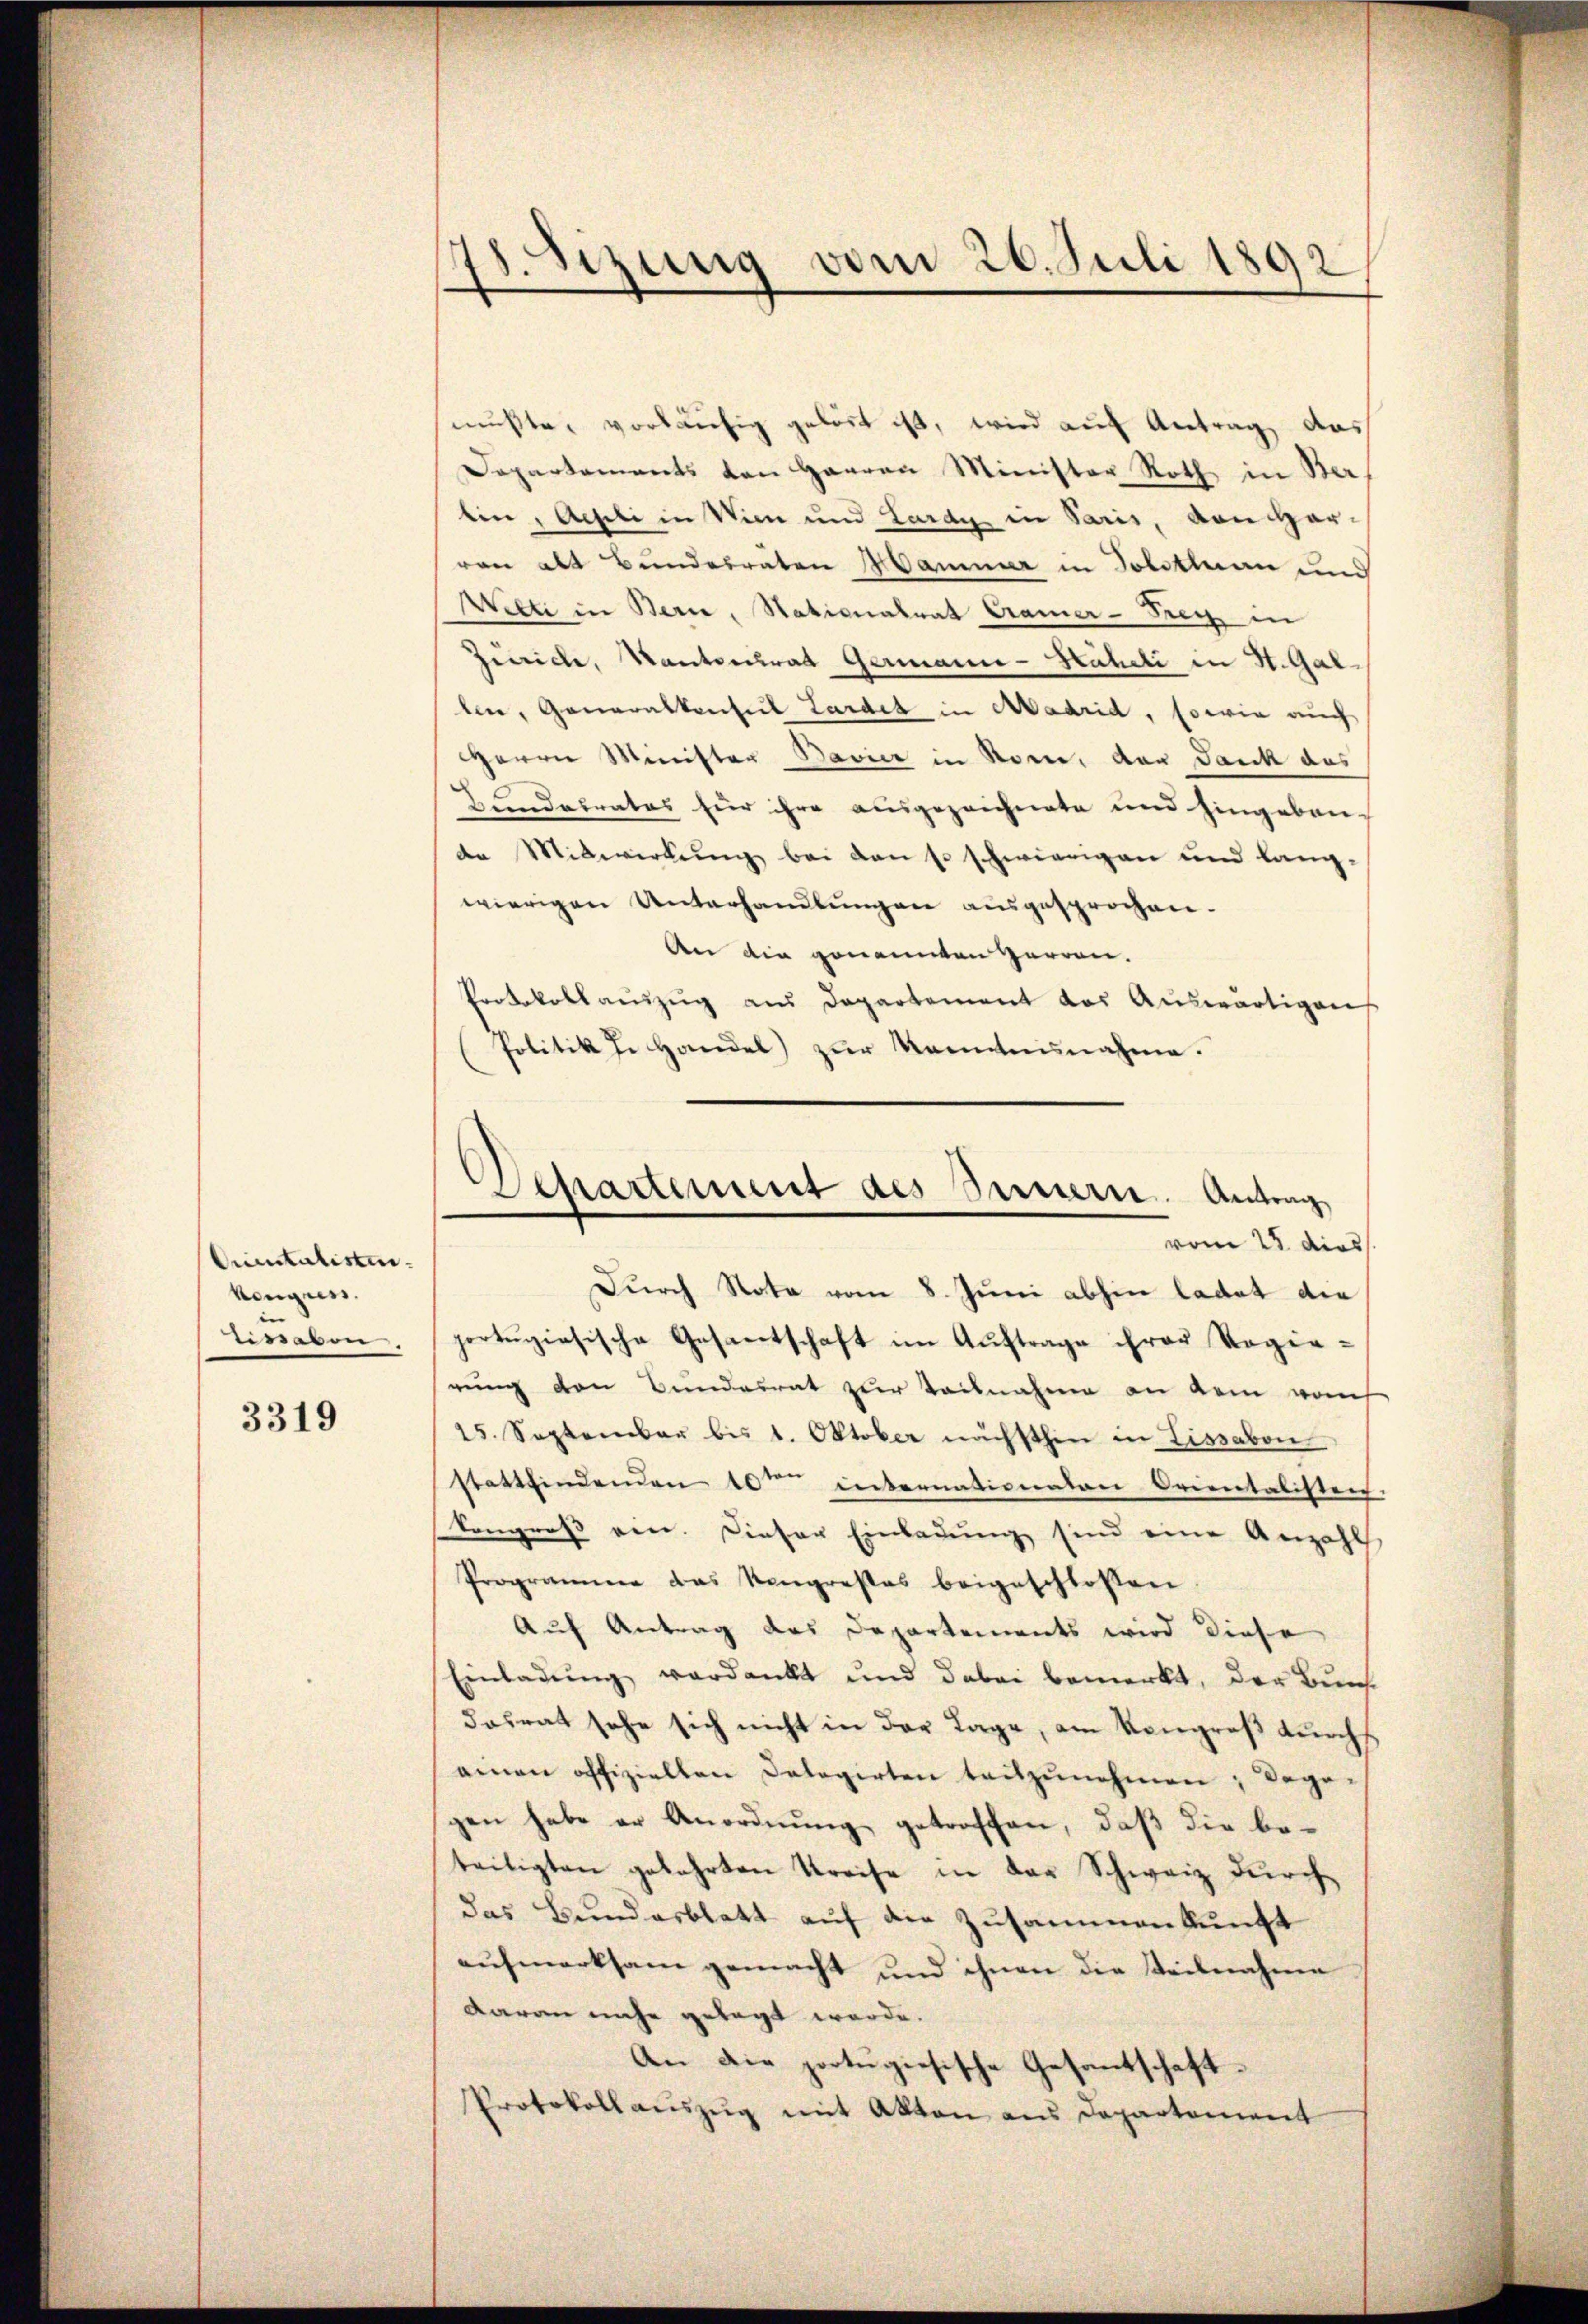
Qricitatisten.
kengen.
Eissaben

3319

.
izung vom 20. Juli 1892

mußte, vorläufig gelöst ist, wird auf Antrag, das
Departements von Haaren Minister Roth in Ber
bin, Achli in Wien und Lardy in Paris, von Har-
von als Bundesräten Manner in Tobottan und
Welti in Bern, Stationalrat Cramer-Frey in
Zeiche, Kantonsrat Germann-Häheli in St. Gallen, Generalkonseil Lardet in Madrid, sowie auch
HHerrn Minister Bavier in Rom, den Jauk des
Hundesrates für ihre ausgezeichnete und hingebaude Mitwirkung bei den so schwierigen und lang-
wierigen Unterhandlungen ausgesprochen.
An die genannten Herren.
Protokollaŭszŭg aŭs Departement das Aŭswärtigens
Politik d. Handel zur Kenntnisnahme.

Departement des Innern. Antrag
vom 23 dies

Durch Nota vom 8. Juni abhin ladet die
portugiesische Gesantschaft im Auftrage ihrer Regierung den Bundesrat zur Teilnahme an dem vom
15. September bis 1. Oktober nächsthin in Lissabon
stattfindenden 10ten internationaten Orientalisten.
kongroß ein. Dieser Einladung sind eine Anzahl
Programme das Kongrestes beigeschlossen
Auf Antrag des Departements wird diese
Einladung verdankt und dabei bemerkt, der Bundosrat sehe sich nicht in der Lage, am Kongroß durchs
ainen offizielten Delegirten teilzŭnehmen; Dege-
gen habe er Anordnung getroffen, daß die beteiligten gekehrten Kreise in der Schweiz durch
das Bundesblatt auf die Zusammenkunft
aufmerksam gemacht und ihnen die steilnahme
darau nahe gelegt werde.
An die portugisische Gesantschaft¬
Protokoll aŭszŭg mit Akten aus Departement